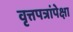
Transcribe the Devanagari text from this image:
वृत्तपत्रांपेक्षा